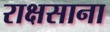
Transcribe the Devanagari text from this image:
राक्षसाना